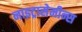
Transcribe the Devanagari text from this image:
नाइट्रासेमीन्स